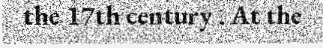
the 17th century . At the